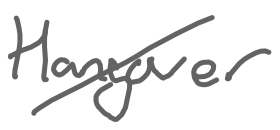
Text: Hangover
Cross-out: diagonal
Writing tool: digital_gray